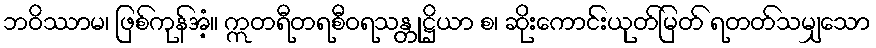
ဘဝိဿာမ၊ ဖြစ်ကုန်အံ့။ ဣတရီတရစီဝရသန္တုဋ္ဌိယာ စ၊ ဆိုးကောင်းယုတ်မြတ် ရတတ်သမျှသော